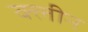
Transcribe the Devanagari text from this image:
क्‍लीन